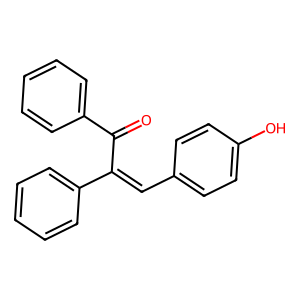
SMILES: O=C(C(=Cc1ccc(O)cc1)c1ccccc1)c1ccccc1
Inhibits HIV replication: No